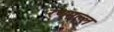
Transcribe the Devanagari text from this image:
रणमल्ल